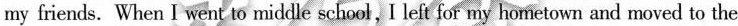
my friends. When I went to middle school, I left for my hometown and moved to the